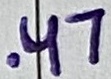
Text: .47